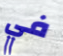
في